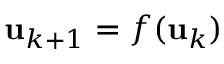
\mathbf { u } _ { k + 1 } = f ( \mathbf { u } _ { k } )